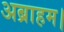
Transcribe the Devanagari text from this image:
अब्राहम।